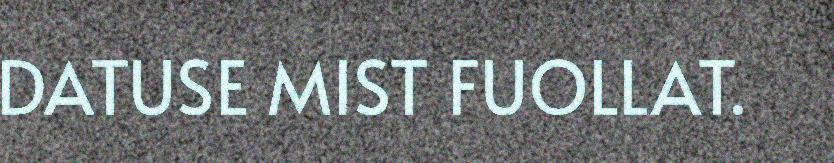
DATUSE MIST FUOLLAT.